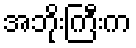
အဘိုးကြီးက